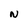
Character: N